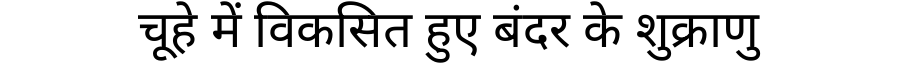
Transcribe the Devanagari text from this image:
चूहे में विकसित हुए बंदर के शुक्राणु